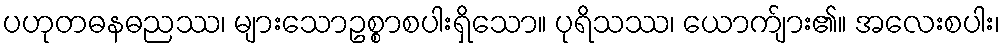
ပဟုတဓနဓညဿ၊ များသောဥစ္စာစပါးရှိသော။ ပုရိသဿ၊ ယောက်ျား၏။ အလေးစပါး၊